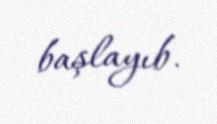
başlayıb.